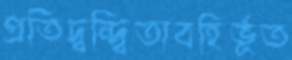
প্রতিদ্বন্দ্বিতাবহির্ভূত